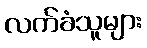
လက်ခံသူများ